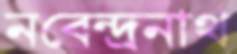
নবেন্দ্রনাথ